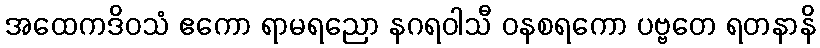
အထေကဒိဝသံ ဧကော ရာမရညော နဂရဝါသီ ဝနစရကော ပဗ္ဗတေ ရတနာနိ